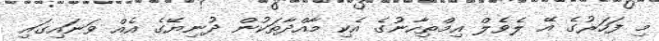
މި ފަހަރުގެ އޭ ލެވެލް އިމްތިހާނުގެ އެކި މާއްދާތަކުން ދުނިޔޭގެ އެއް ވަނައިގައި